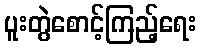
ပူးတွဲစောင့်ကြည့်ရေး